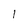
Character: l